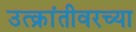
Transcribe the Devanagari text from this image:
उत्क्रांतीवरच्या